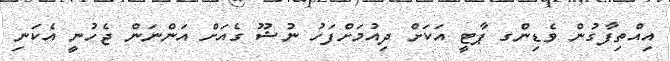
އިއްތިފާގުން ވެޑިންގ ޕާޓީ އަކަށް ދިއުމަށްފަހު ނުޝޫ ގެއަށް އަންނަން ޖެހުނީ އެކަނި